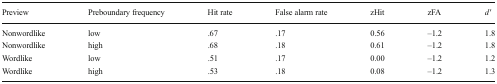
<table><thead><tr><td><b>Preview</b></td><td><b>Preboundary frequency</b></td><td><b>Hit rate</b></td><td><b>False alarm rate</b></td><td><b>zHit</b></td><td><b>zFA</b></td><td><b><i>d&#x27;</i></b></td></tr></thead><tbody><tr><td>Nonwordlike</td><td>low</td><td>.67</td><td>.17</td><td>0.56</td><td>–1.2</td><td>1.8</td></tr><tr><td>Nonwordlike</td><td>high</td><td>.68</td><td>.18</td><td>0.61</td><td>–1.2</td><td>1.8</td></tr><tr><td>Wordlike</td><td>low</td><td>.51</td><td>.17</td><td>0.00</td><td>–1.2</td><td>1.2</td></tr><tr><td>Wordlike</td><td>high</td><td>.53</td><td>.18</td><td>0.08</td><td>–1.2</td><td>1.3</td></tr></tbody></table>